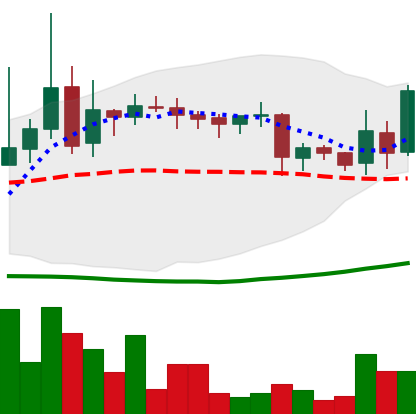
Ticker: LINK-USD
Chart end date: 2019-03-27
Forward return: 11.256%
Label: up_7plus